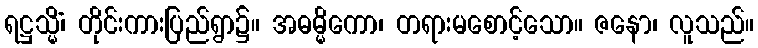
ရဋ္ဌသ္မိံ၊ တိုင်းကားပြည်ရွာ၌။ အဓမ္မိကော၊ တရားမစောင့်သော။ ဇနော၊ လူသည်။